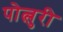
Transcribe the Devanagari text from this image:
पोत्लुरी